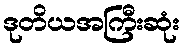
ဒုတိယအကြီးဆုံး